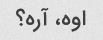
اوه، آره؟